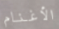
الأغنام